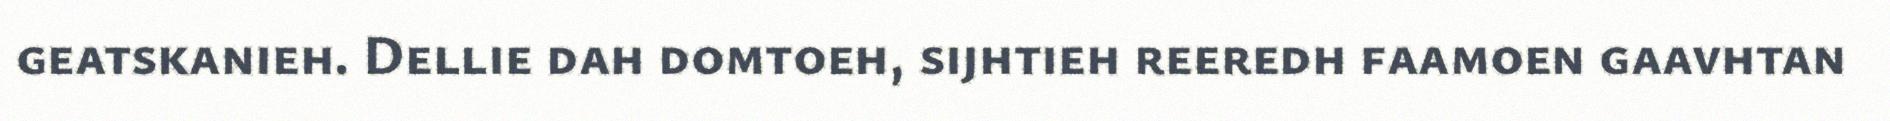
geatskanieh. Dellie dah domtoeh, sijhtieh reeredh faamoen gaavhtan